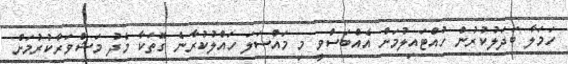
ހަމަލާ ބަދަލުކުރުން ހުއްޓައިލުމަށް އެއްބަސްވީ މި މައްސަލަ ހައްލުކުރާނެ ގޮތަކާ މެދު މަޝްވަރާކުރުމަށް